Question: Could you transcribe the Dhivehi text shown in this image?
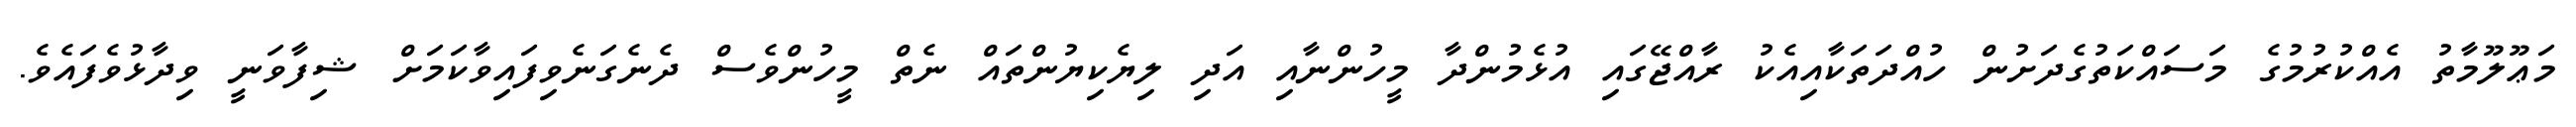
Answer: މަޢޫލޫމާތު އެއްކުރުމުގެ މަސައްކަތުގެދަށުން ހުއްދަތަކާއިއެކު ރާއްޖޭގައި އުޅެމުންދާ މީހުންނާއި އަދި ލިޔެކިޔުންތައް ނެތް މީހުންވެސް ދެނެގަނެވިފައިވާކަމަށް ޝިފާވަނީ ވިދާޅުވެފައެވެ.